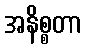
အနိစ္စတာ